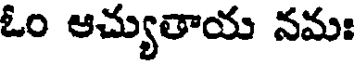
ఓం ఆచ్యుతాయ నమః